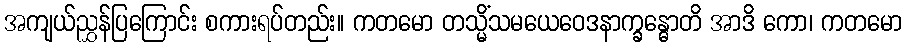
အကျယ်ညွှန်ပြကြောင်း စကားရပ်တည်း။ ကတမော တသ္မိံသမယေဝေဒနာက္ခန္ဓောတိ အာဒိ ကော၊ ကတမော